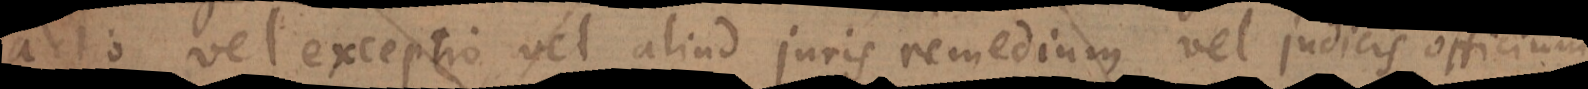
actio vel exceptio vel aliud juris remedium vel judicis officium